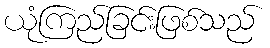
ယုံကြည်ခြင်းဖြစ်သည်